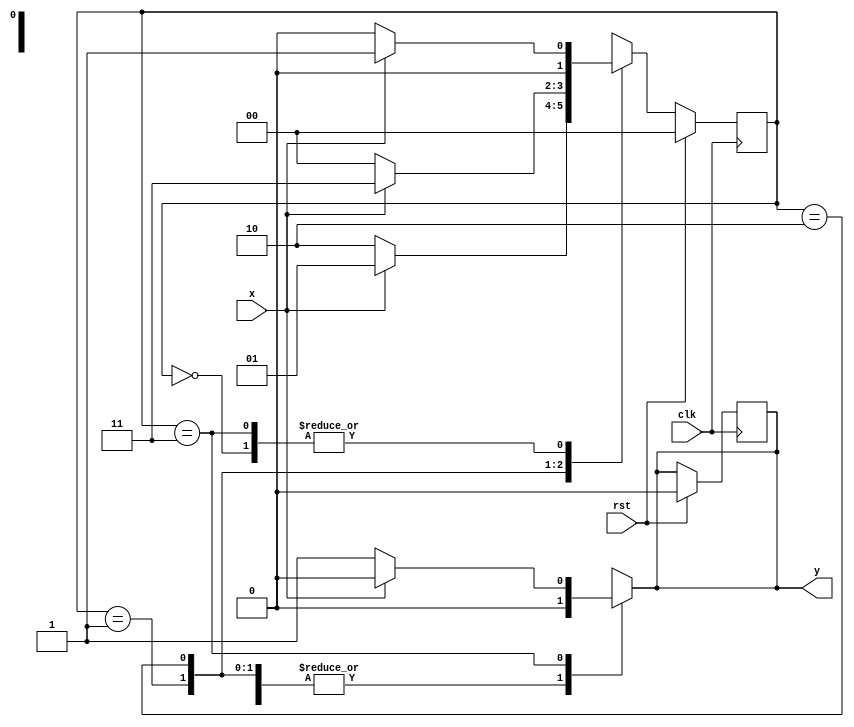


module mealyfsm_nov(clk,rst,x,y);

input clk,rst,x;

output reg y;

parameter s0=2'b00,
          s1=2'b01,
          s2=2'b10,
          s3=2'b11;

reg [1:0] cs,nst;

always@(posedge clk )begin

  if(rst) begin 
   y<=1'b0;
   cs<=s0;
end
else 
cs<=nst;
end

always@(*)begin

y=1'b0;
nst=cs;

case(cs)
s0: 
 if(x==1)
  nst=s1;
else 
nst=s0;

s1:
 if(x==1)
  nst=s1;
else
nst=s2;


s2: 
 if(x==1)
  nst=s3;
else
nst=s0;


s3:
 if(x==0)begin
  nst=s0;
y=1'b1;
end

else
nst=s1;
default : nst=s0;
endcase
end

endmodule



 module mealyfsm_nov_tb;

reg clk,rst,x;
wire y;

mealyfsm_nov fs(clk,rst,x,y);

initial
begin 
rst=1;#15;
rst=0; clk=0; x=0;
#10; x=1;
#10; x=0;
#10; x=1;
#10; x=0;
#10; x=1;
#10; x=0;
#10; x=1;
$finish;
end
always #5 clk=~clk;
 endmodule